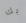
بك